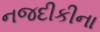
નજદીકીના